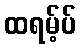
ထရမ့်ပ်